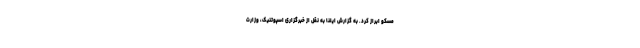
مسکو ابراز کرد. به گزارش ایلنا به نقل از خبرگزاری اسپوتنیک، وزارت